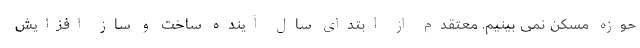
حوزه مسکن نمی بینیم. معتقدم از ابتدای سال آینده ساخت و ساز افزایش